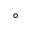
^ \circ